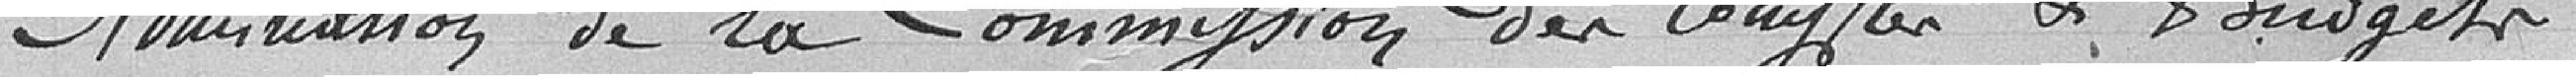
Nomination de la Commission des comptes et budgets